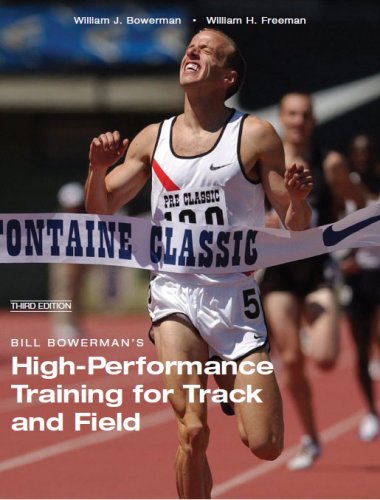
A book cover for Bill Bowerman's High-Performance Training for Track and Field (Third Edition); Bill Bowerman; Sports & Outdoors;